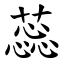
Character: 蕊